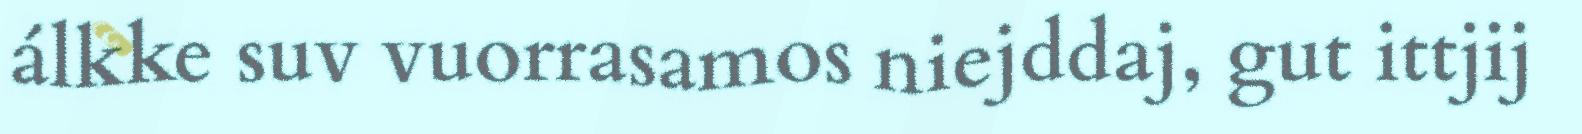
álkke suv vuorrasamos niejddaj, gut ittjij